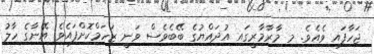
ޖަހާފައި ވެއެވެ. މި މާރާމާރީގައި އުދައްޔުގެ ބޭބެވެސް ވަނީ ޒަހަމްކޮށްފައެވެ. އޭނާގެ ހާލު